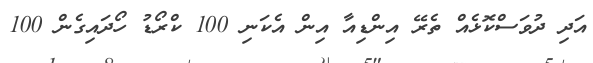
އަދި ދުވަސްކޮޅެއް ތެރޭ އިންޑިއާ އިން އެކަނި 100 ކްރޯޑު ހޯދައިގެން 100